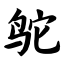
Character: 鸵